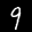
Label: 9